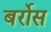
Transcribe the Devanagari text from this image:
बर्रोस